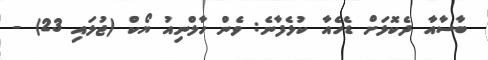
ބާސާއާ ދެކޮޅަށް ޑެހެއާ ކުޅެފާނެ: ވެން ހާލްނިއު ޔޯކް (ޖުލައި 23) -